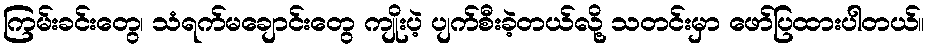
ကြမ်းခင်းတွေ၊ သံရက်မချောင်းတွေ ကျိုးပဲ့ ပျက်စီးခဲ့တယ်လို့ သတင်းမှာ ဖော်ပြထားပါတယ်။